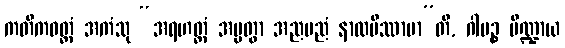
ကတိကဝတ္တံ အကံသု “အရဟတ္တံ အပ္ပတွာ အညမညံ နာလပိဿာမာ”တိ, ဂါမဉ္စ ပိဏ္ဍာယ